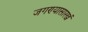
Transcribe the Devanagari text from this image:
जगण्यासारखं